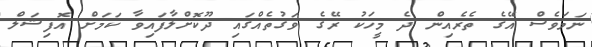
ނަމަވެސް އޭގެ ތެރެއިން ދެ މީހަކު ރޭގެ ވަގުތެއްގައި ދޫކޮށްލާފައިވާ ކަމަށް އޮފިޝަލް